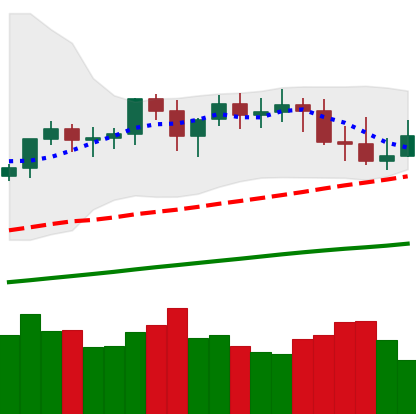
Ticker: XMR-USD
Chart end date: 2021-03-26
Forward return: 10.626%
Label: up_7plus